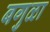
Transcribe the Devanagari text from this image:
बगुळा